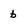
Character: b